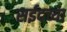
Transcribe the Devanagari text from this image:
सईदच्या